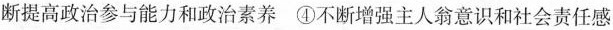
断提高政治参与能力和政治素养④不断增强主人翁意识和社会责任感